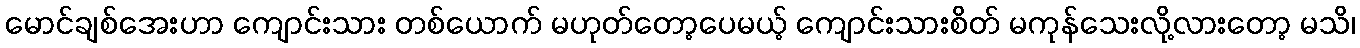
မောင်ချစ်အေးဟာ ကျောင်းသား တစ်ယောက် မဟုတ်တော့ပေမယ့် ကျောင်းသားစိတ် မကုန်သေးလို့လားတော့ မသိ၊